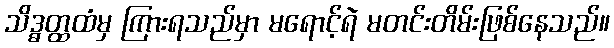
သိဒ္ဓတ္ထထံမှ ကြားရသည်မှာ မရောင့်ရဲ မတင်းတိမ်းဖြစ်နေသည်။